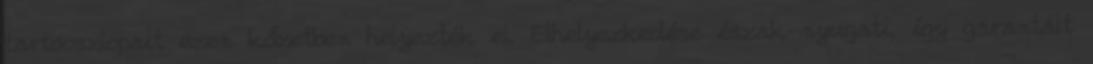
tartóoszlopait ezen kőzetben helyezték el. Elhelyezkedése észak-nyugati, így garantált